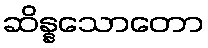
ဆိန္နသောတော